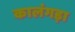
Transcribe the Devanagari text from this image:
कालंगड़ा